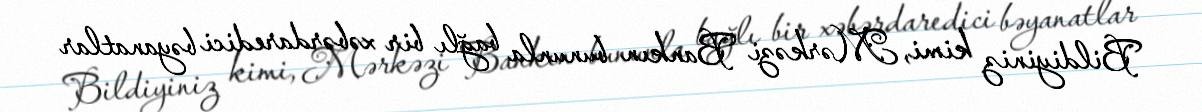
Bildiyiniz kimi, Mərkəzi Bankın bununla bağlı bir xəbərdaredici bəyanatlar